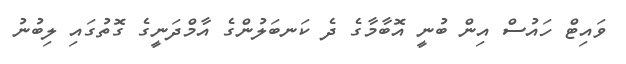
ވައިޓް ހައުސް އިން ބުނީ އޮބާމާގެ ދެ ކަނބަލުންގެ އާމްދަނީގެ ގޮތުގައި ލިބުނު